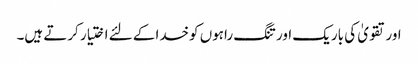
اور تقویٰ کی باریک اور تنگ راہوں کوخدا کے لئے اختیار کرتے ہیں۔